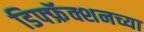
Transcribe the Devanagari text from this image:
डिफ्फ्रॅक्शनच्या